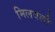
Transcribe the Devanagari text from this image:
मिलवली